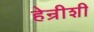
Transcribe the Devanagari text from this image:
हेन्रीशी